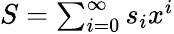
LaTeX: \textstyle S=\sum_{i=0}^{\infty}s_{i}x^{i}